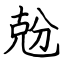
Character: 兝